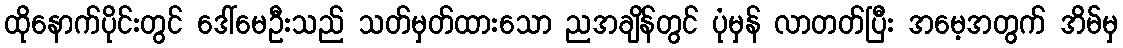
ထိုနောက်ပိုင်းတွင် ဒေါ်မေဦးသည် သတ်မှတ်ထားသော ညအချိန်တွင် ပုံမှန် လာတတ်ပြီး အမေ့အတွက် အိမ်မှ